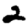
Digit: 2